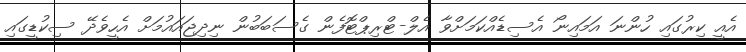
އެއީ ކިރުގައި ހުންނަ އަމައިނޯ އެސިޑެއްކަމަށްވާ އެލް-ޓްރިޕްޓޮފެން ގެސަބަބުން ނިދިޖައައުމަށް އެހީވެދޭ ސިކުޑީގައި